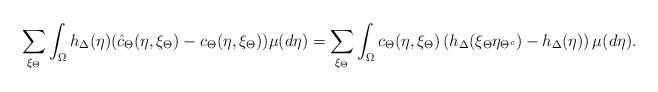
LaTeX: \begin{align*} \sum_{\xi_{\Theta}} \int_{\Omega} h_{\Delta}(\eta)(\hat{c}_{\Theta}(\eta, \xi_{\Theta})-c_{\Theta}(\eta, \xi_{\Theta}))\mu(d\eta) = \sum_{\xi_{\Theta}} \int_{\Omega}c_{\Theta}(\eta, \xi_{\Theta})\left(h_{\Delta}(\xi_{\Theta}\eta_{\Theta^c})- h_{\Delta}(\eta)\right)\mu(d\eta). \end{align*}